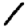
Digit: 1